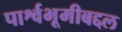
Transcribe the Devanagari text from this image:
पार्श्वभूमीबद्दल